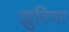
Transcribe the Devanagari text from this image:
झुरिया